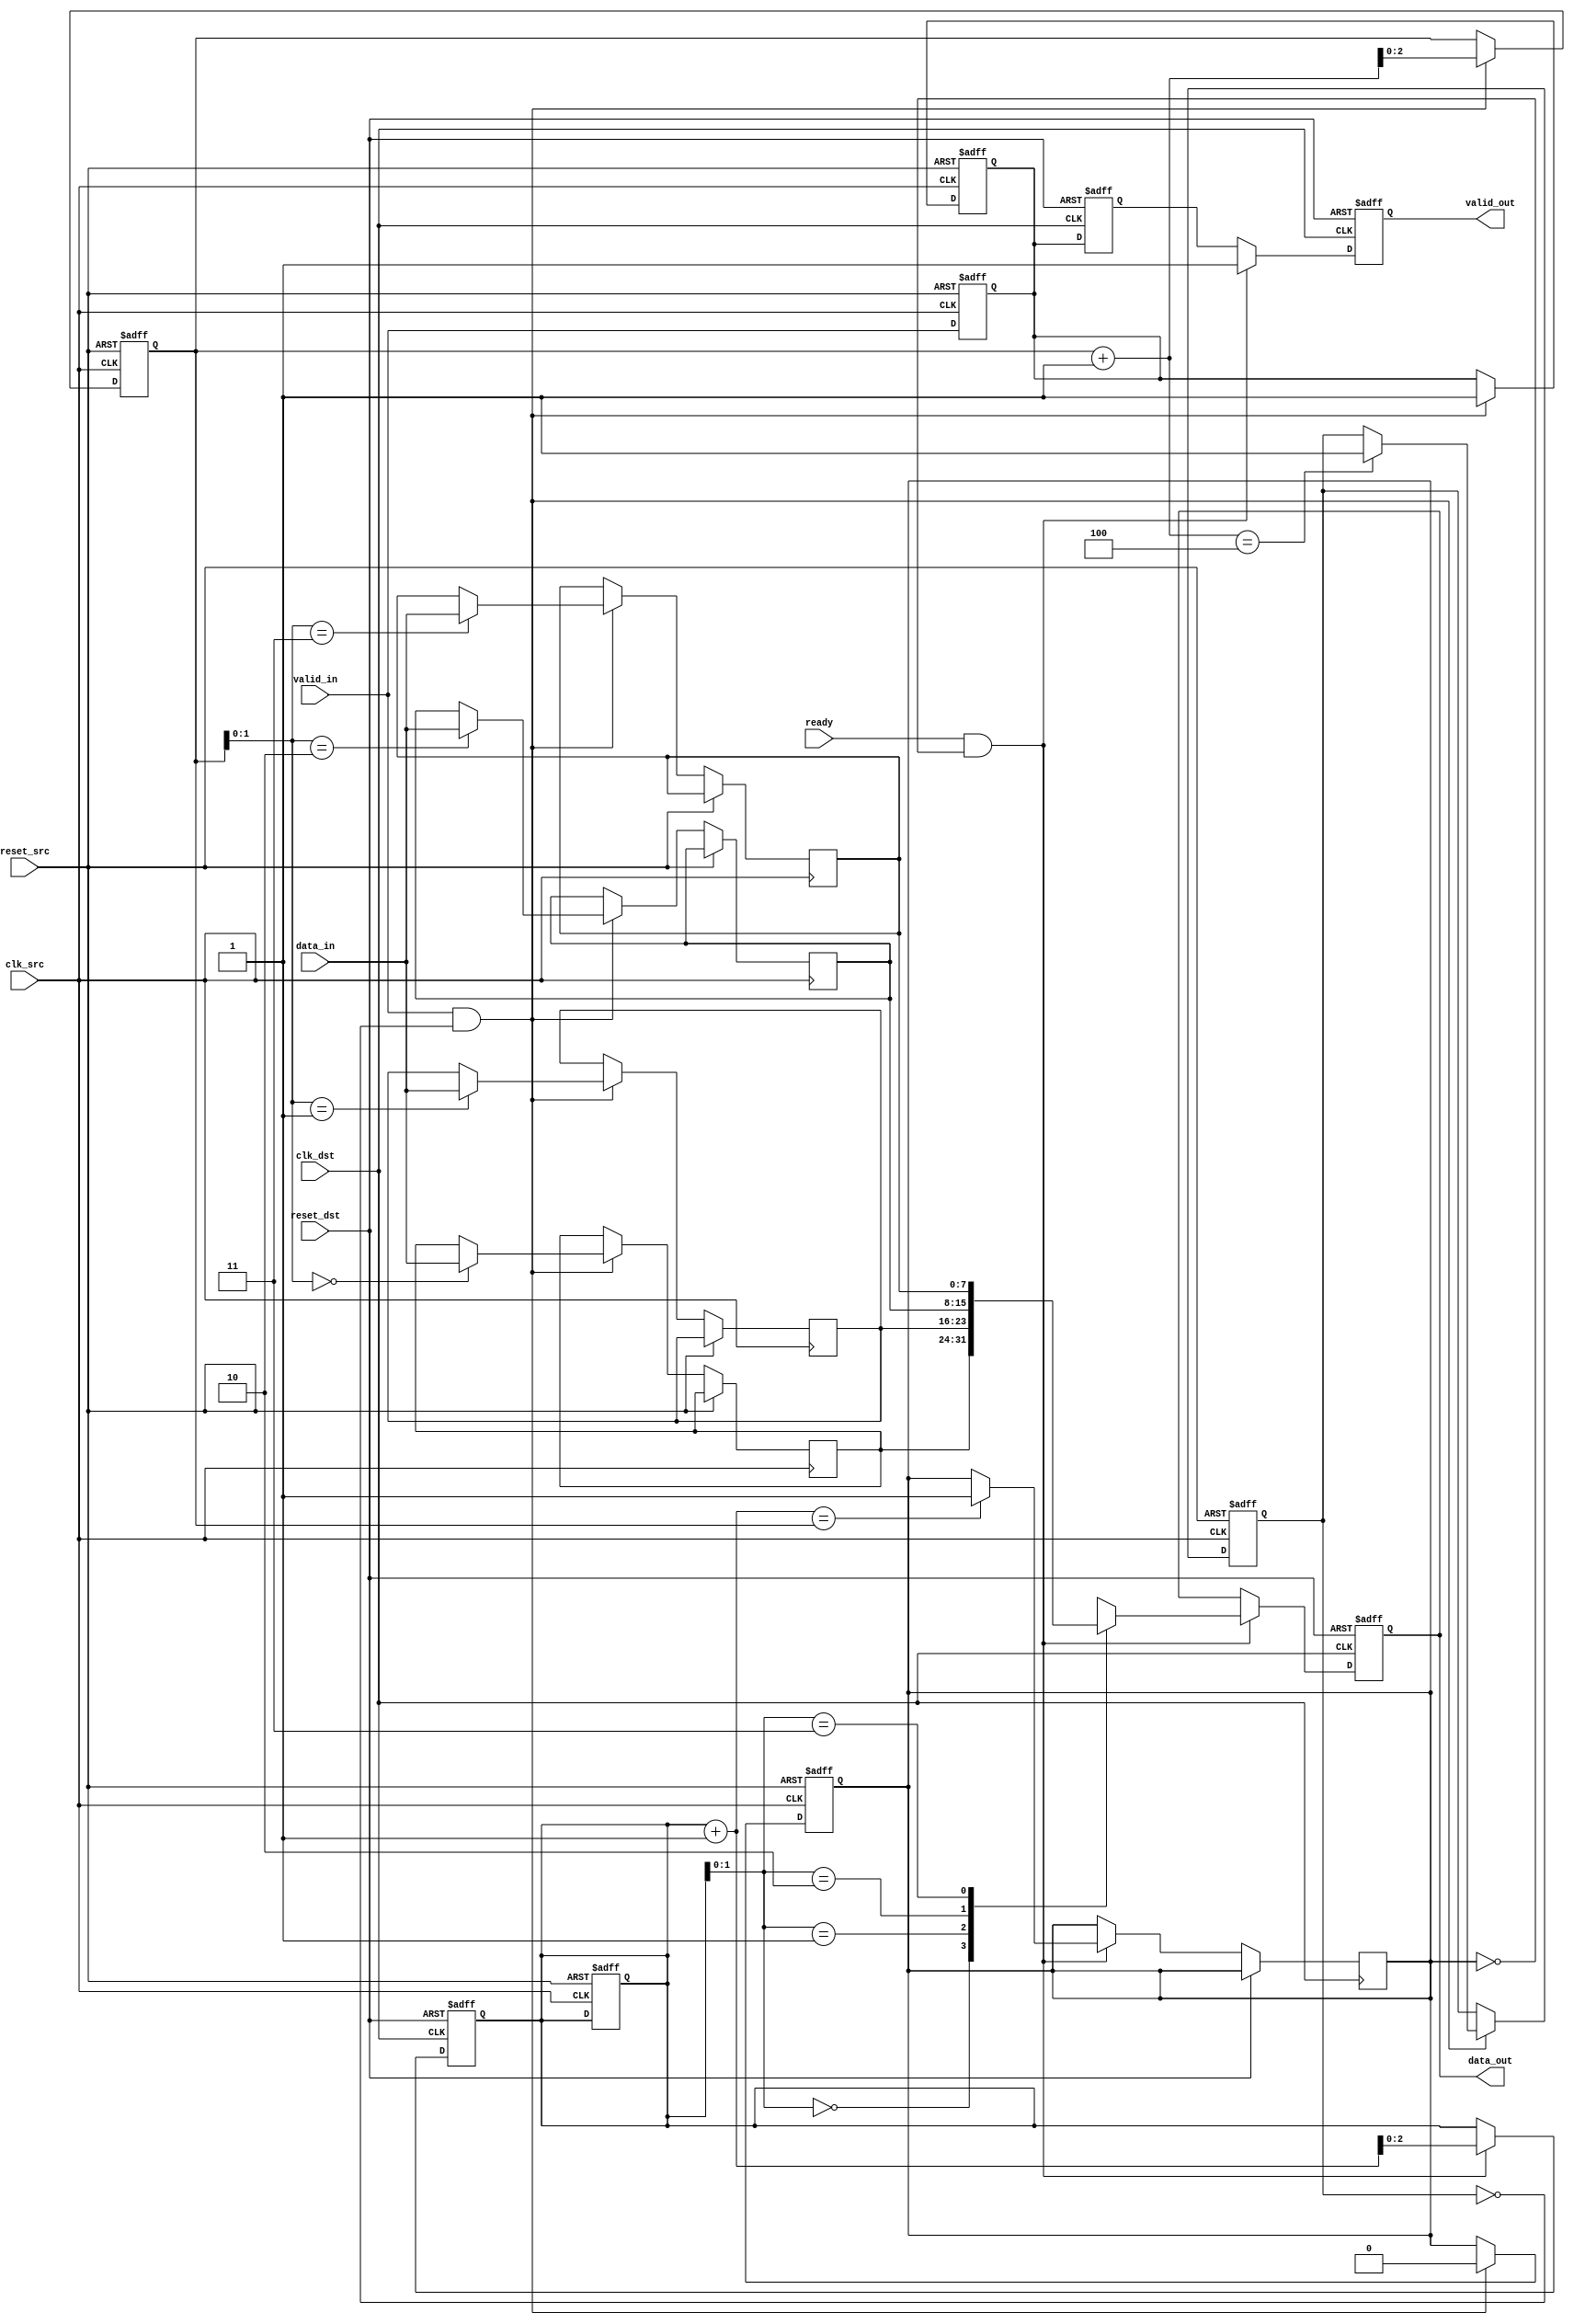
module MemoryBlocksPipelineSynchronizer #(
    parameter DATA_WIDTH = 8,     // Width of the data
    parameter FIFO_DEPTH = 4       // Depth of the FIFO buffer
)(
    input wire clk_src,            // Source clock
    input wire clk_dst,            // Destination clock
    input wire reset_src,          // Reset for source domain
    input wire reset_dst,          // Reset for destination domain
    input wire [DATA_WIDTH-1:0] data_in, // Data input in source domain
    input wire valid_in,           // Valid signal for input data
    output reg [DATA_WIDTH-1:0] data_out, // Data output in destination domain
    output reg valid_out,          // Valid signal for output data
    input wire ready               // Ready signal from destination domain
);

// Synchronizer signals
reg [DATA_WIDTH-1:0] sync_data_1;
reg [DATA_WIDTH-1:0] sync_data_2;
reg valid_1, valid_2;
reg fifo_push, fifo_pop;

// FIFO buffer implementation
reg [DATA_WIDTH-1:0] fifo_mem [0:FIFO_DEPTH-1];
reg [$clog2(FIFO_DEPTH):0] fifo_head, fifo_tail;
reg fifo_full, fifo_empty;

// FIFO control logic
always @(posedge clk_src or posedge reset_src) begin
    if (reset_src) begin
        fifo_head <= 0;
        fifo_tail <= 0;
        fifo_full <= 1'b0;
        fifo_empty <= 1'b1;
        valid_1 <= 1'b0;
    end else if (valid_in && !fifo_full) begin
        fifo_mem[fifo_tail] <= data_in;
        fifo_tail <= fifo_tail + 1;
        valid_1 <= 1'b1;
        fifo_empty <= 1'b0;
        if (fifo_tail + 1 == FIFO_DEPTH)
            fifo_full <= 1'b1;
    end
end

always @(posedge clk_dst or posedge reset_dst) begin
    if (reset_dst) begin
        fifo_head <= 0;
        valid_out <= 1'b0;
        data_out <= 0;
    end else if (ready && !fifo_empty) begin
        data_out <= fifo_mem[fifo_head];
        valid_out <= 1'b1;
        fifo_head <= fifo_head + 1;
        if (fifo_head + 1 == fifo_tail)
            fifo_empty <= 1'b1;
    end else begin
        valid_out <= valid_2; // Retain valid signal from last transfer
    end
end

// Dual flip-flop synchronizers
always @(posedge clk_src or posedge reset_src) begin
    if (reset_src) begin
        sync_data_1 <= 0;
        valid_1 <= 1'b0;
    end else begin
        sync_data_1 <= data_in;
        valid_1 <= valid_in;
    end
end

always @(posedge clk_dst or posedge reset_dst) begin
    if (reset_dst) begin
        sync_data_2 <= 0;
        valid_2 <= 1'b0;
    end else begin
        sync_data_2 <= sync_data_1; // Pass data through the second synchronizer
        valid_2 <= valid_1;
    end
end

endmodule